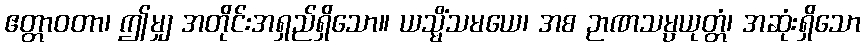
ဧတ္တာဝတာ၊ ဤမျှ အတိုင်းအရှည်ရှိသော။ ယသ္မိံသမယေ၊ အစ ဉာဏသမ္ပယုတ္တံ၊ အဆုံးရှိသော